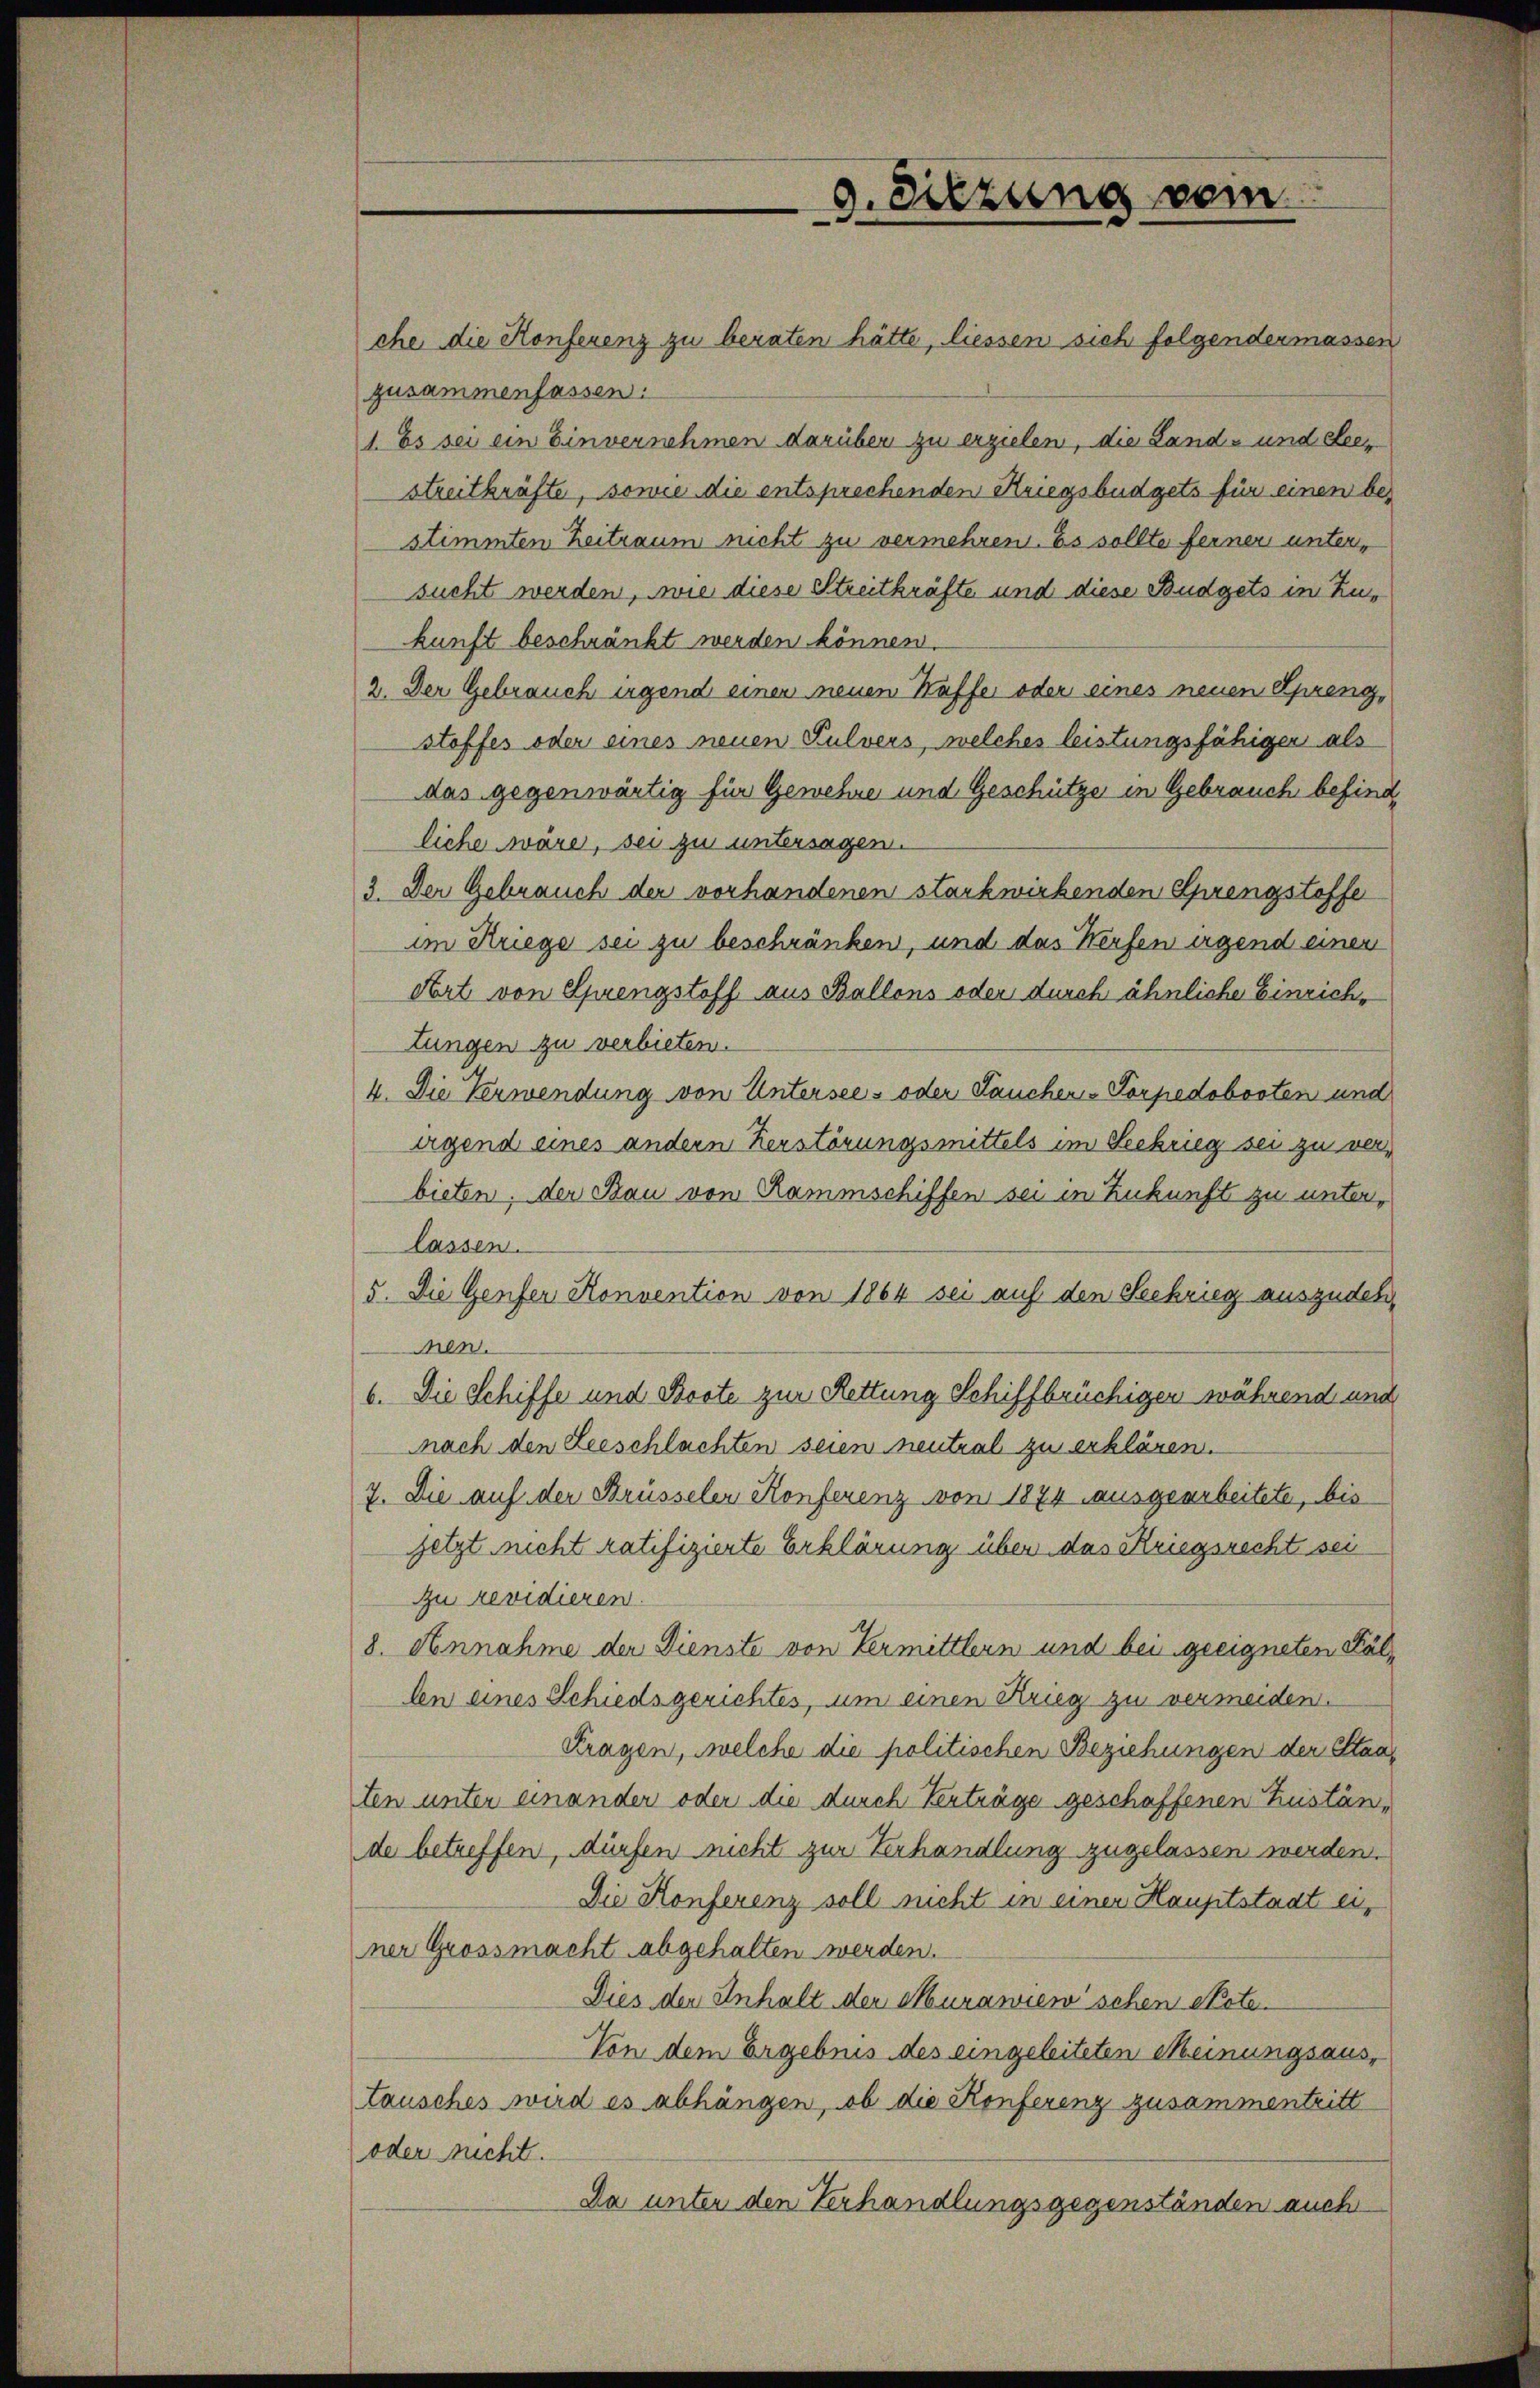
che die Konferenz zu beraten hätte, liessen sich folgendermassen
zusammenfassen:
1. Es sei ein Einvernehmen darüber zu erzielen, die Land- und eleer
streitkräfte, sowie die entsprechenden Kriegsbüdgets für einen be-
stimmten Zeitraum nicht zu vermehren. Es sollte ferner untersucht werden, wie diese Streitkräfte und diese Budgets in Zukunft beschränkt werden können.
2. Der Gebrauch irgend einen neuen Kaffe oder eines neuen Spreng,
stoffes oder eines neuen Pulvers, welches leistungsfähiger als
das gegenwärtig für Gewehre und Geschütze in Gebrauch befinde
liche wäre, sei zu untersagen.
3. Der Gebrauch der vorhandenen starkwirkenden Sprengstoffe
im Kriegs sei zu beschränken, und das Werfen irgend einen
Ort von Sprengstoff aus Ballons oder durch ähnliche Einrichtungen zu verbieten.
4. Die Verwendung von Untersees oder Jauchen-Torpedobooten und
irgend eines andern Herstörungsmittels im Seekrieg sei zu verbieten, der Bau von Rammschiffen sei in Zukunft zu unterlassen.
5. Die Genfer Konvention von 1864 sei auf den Seekrieg auszudehmen.
6. Die Schiffe und Boote zur Rettung Schiffbrüchigen während und
nach den Leeschlachten seien neutral zu erklären.
7. Die auf der Brüsseler Konferenz von 1874 ausgearbeitete, bis
jetzt nicht ratifizierte Erklärung über das Kriegsrecht sei
zu revidieren.
8. Annahme der Dienste von Vermittlern und bei geeigneten Fällen eines Schiedsgerichtes, um einen Krieg zu vermeiden.
Fragen, welche die politischen Beziehungen der Staaten unter einander oder die durch Verträge geschaffenen Zustände betreffen, dürfen nicht zur Verhandlung zugelassen werden.
Die Konferenz soll nicht in einer Hauptstaat einer Grossmacht abgehalten werden.
Dies der Inhalt der Murawien schen Note
Von dem Ergebnis des eingeleiteten Meinungsaustausches wird es abhängen, ob die Konferenz zusammentritt
oder nicht.
Da unter den Verhandlungsgegenständen auch

9. Diezung sein.